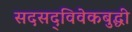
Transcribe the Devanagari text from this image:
सदसद्‌विवेकबुद्धी